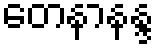
တေနာနန္ဒ